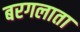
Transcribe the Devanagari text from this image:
बरगलाता